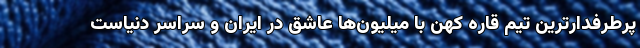
پرطرفدارترین تیم قاره کهن با میلیون‌ها عاشق در ایران و سراسر دنیاست